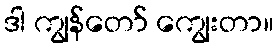
ဒါ ကျွန်တော် ကျွေးတာ။